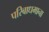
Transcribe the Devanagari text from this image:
परिबाधमाना